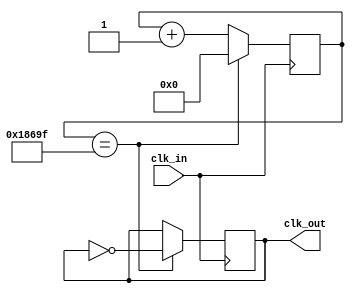
module FreqDiv
(
	input wire clk_in,
	output reg clk_out
);

parameter N = 50000000/250;

	reg [17:0]r_cnt;
	always @(posedge clk_in)
		begin
			if(r_cnt == N/2-1)
				begin
					r_cnt <= 17'b0;
					clk_out <= ~clk_out;
				end
			else 
				r_cnt <= r_cnt+1'b1;
		end
endmodule